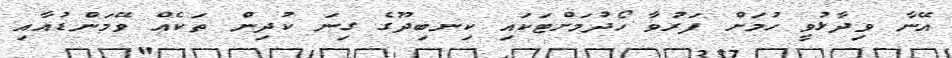
އޭނާ ވިދާޅުވީ ހުމަށް ފަރުވާ ހޯދުމަށްޓަކައި ކިނބިދޫގެ ގިނަ ކުދިން ތަކެއް ވޭމަންޑުއާއި